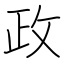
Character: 政